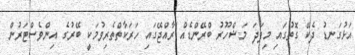
އަޅުގަނޑު ދެކޭ ގޮތުގައި މިފަދަ މަޝްހޫރު ބްރޭންޑެއް ރާއްޖޭގައި ހަރަކާތްތެރިވުމަކީ ބޭރުގެ އިންވެސްޓަރުން